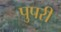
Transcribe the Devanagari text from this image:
पुपरी